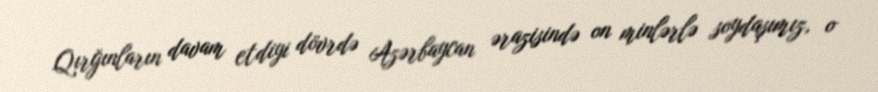
Qırğınların davam etdiyi dövrdə Azərbaycan ərazisində on minlərlə soydaşımız, o